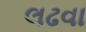
લઢવા